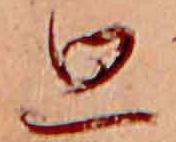
思